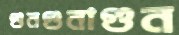
গুনগুনাগুন